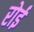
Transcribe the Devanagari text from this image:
रोईं